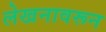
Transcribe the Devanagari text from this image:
लेखनावरून